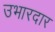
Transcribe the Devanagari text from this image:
उभारदार